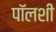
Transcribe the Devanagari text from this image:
पॉलशी